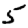
Digit: 5